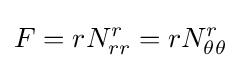
F=rN_{rr}^{r}=rN_{\theta \theta }^{r}